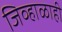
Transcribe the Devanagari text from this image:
जिव्हाळाही